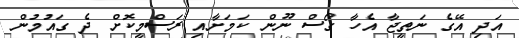
އަދި އޭގެ ނަތީޖާ އެހާ ގޯސް ނޫން ކަމަށާއި ރަސްމީކޮށް ދެ ގައުމުން